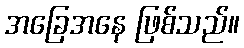
အခြေအနေ ဖြစ်သည်။